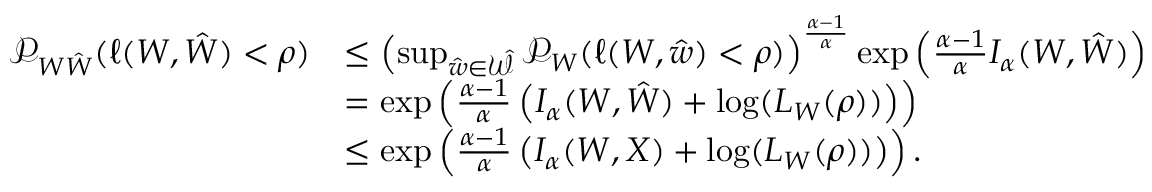
\begin{array} { r l } { \mathcal { P } _ { W \hat { W } } ( \ell ( W , \hat { W } ) < \rho ) } & { \leq \left( \operatorname* { s u p } _ { \hat { w } \in \mathcal { \hat { W } } } \mathcal { P } _ { W } ( \ell ( W , \hat { w } ) < \rho ) \right) ^ { \frac { \alpha - 1 } { \alpha } } \exp \left( \frac { \alpha - 1 } { \alpha } I _ { \alpha } ( W , \hat { W } ) \right) } \\ & { = \exp \left( \frac { \alpha - 1 } { \alpha } \left( I _ { \alpha } ( W , \hat { W } ) + \log ( L _ { W } ( \rho ) ) \right) \right) } \\ & { \leq \exp \left( \frac { \alpha - 1 } { \alpha } \left( I _ { \alpha } ( W , X ) + \log ( L _ { W } ( \rho ) ) \right) \right) . } \end{array}